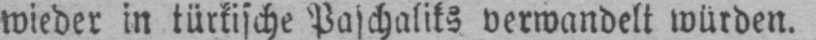
wieder in türkische Paschaliks verwandelt würden.